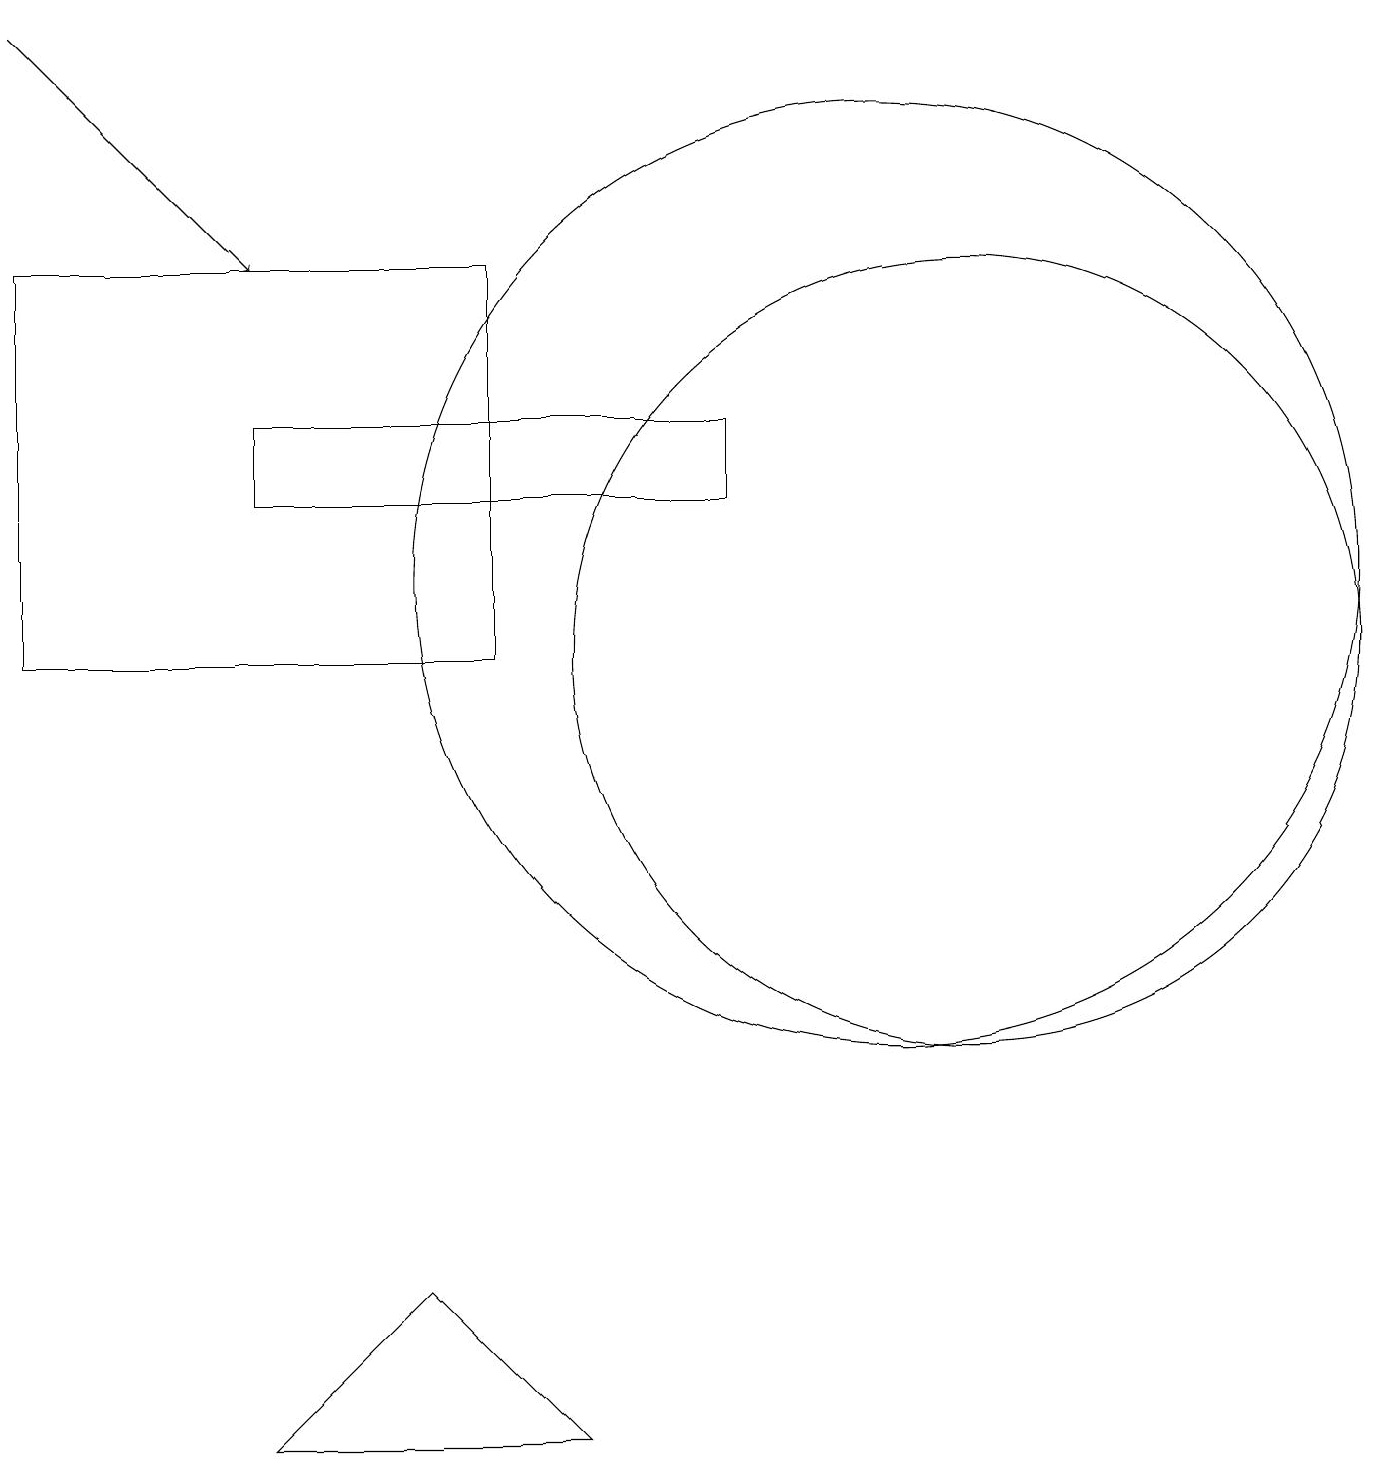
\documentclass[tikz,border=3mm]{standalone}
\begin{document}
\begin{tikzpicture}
\draw (5,2) -- (3,0) -- (7,0) -- cycle;
\draw (0,15) rectangle (6,10);
\draw (11,11) circle (6);
\draw[->] (0,18) -- (3,15);
\draw (11,10) circle (0);
\draw (9,13) rectangle (3,12);
\draw (12,10) circle (5);
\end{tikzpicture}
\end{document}